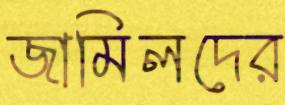
জামিলদের